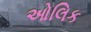
ઓલિક